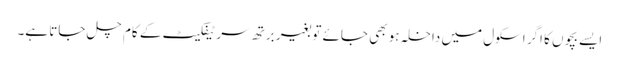
ایسے بچوں کا اگر اسکول میں داخلہ ہو بھی جائے تو بغیر برتھ سرٹیفکیٹ کے کام چل جاتا ہے۔